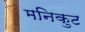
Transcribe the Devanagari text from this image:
मनिकुट